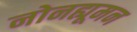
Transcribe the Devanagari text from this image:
नोनह्यूमन